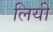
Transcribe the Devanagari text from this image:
लियी